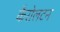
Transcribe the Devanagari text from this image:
कैरोलटन